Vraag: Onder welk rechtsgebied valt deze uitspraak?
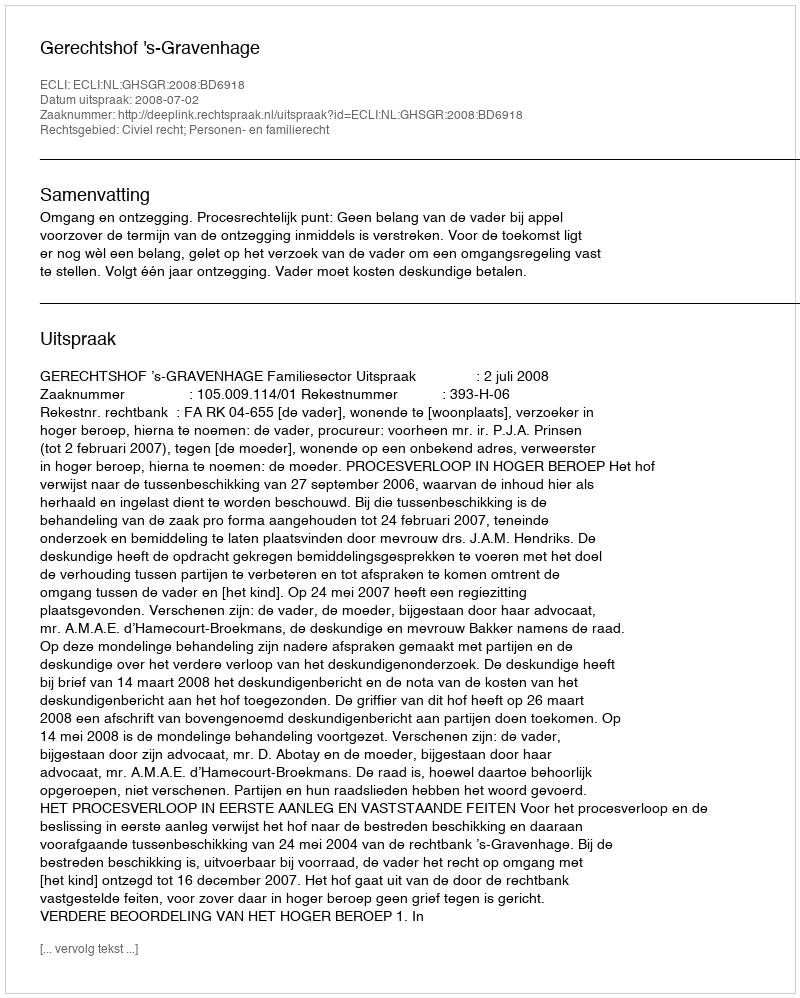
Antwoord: Civiel recht; Personen- en familierecht